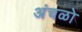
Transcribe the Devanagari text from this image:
अंचळो